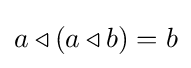
a\triangleleft (a\triangleleft b)=b